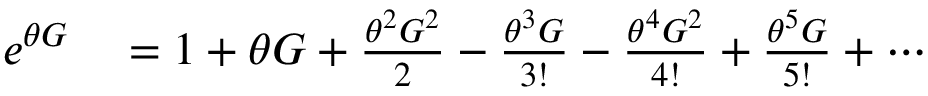
\begin{array} { r l } { e ^ { \theta G } } & { { } = 1 + \theta G + \frac { \theta ^ { 2 } G ^ { 2 } } { 2 } - \frac { \theta ^ { 3 } G } { 3 ! } - \frac { \theta ^ { 4 } G ^ { 2 } } { 4 ! } + \frac { \theta ^ { 5 } G } { 5 ! } + \cdots } \end{array}